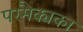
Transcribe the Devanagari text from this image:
परमैक्यका